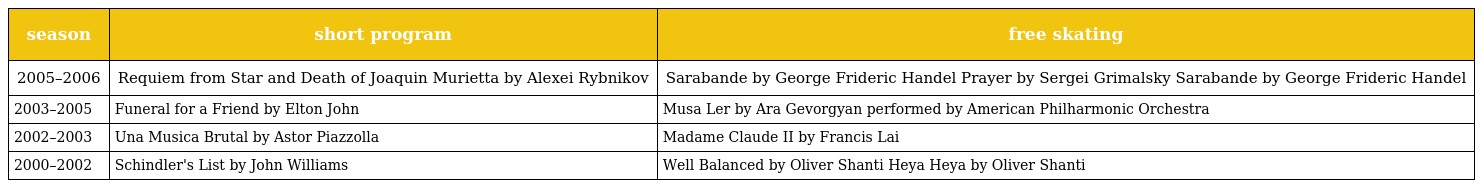
| season | short program | free skating |
 | --- | --- | --- |
 | 2005–2006 | Requiem from Star and Death of Joaquin Murietta by Alexei Rybnikov | Sarabande by George Frideric Handel Prayer by Sergei Grimalsky Sarabande by George Frideric Handel |
 | 2003–2005 | Funeral for a Friend by Elton John | Musa Ler by Ara Gevorgyan performed by American Philharmonic Orchestra |
 | 2002–2003 | Una Musica Brutal by Astor Piazzolla | Madame Claude II by Francis Lai |
 | 2000–2002 | Schindler's List by John Williams | Well Balanced by Oliver Shanti Heya Heya by Oliver Shanti |